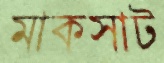
মাকসাট